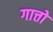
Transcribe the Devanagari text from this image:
गात्तो